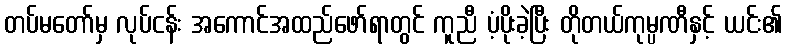
တပ်မတော်မှ လုပ်ငန်း အကောင်အထည်ဖော်ရာတွင် ကူညီ ပံ့ပိုးခဲ့ပြီး တိုတယ်ကုမ္ပဏီနှင့် ယင်း၏